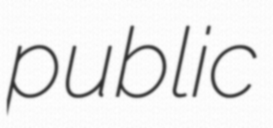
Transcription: public